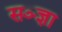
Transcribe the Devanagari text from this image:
सञ्ज्ञा